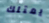
يمتلك